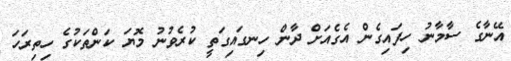
އޭނާގެ ސާމާނު ހިފައިގެން އެގެއަށް ދާން ހިނގައިގަތީ ކުރެވުނު މޮޔަ ކަންތަކުގެ ހިތިރަހަ